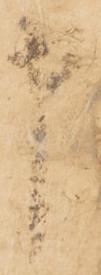
申